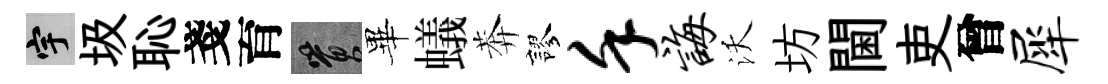
宇圾恥戔育篔畢蟻莾謬堇诲沃坊閫吏曾犀